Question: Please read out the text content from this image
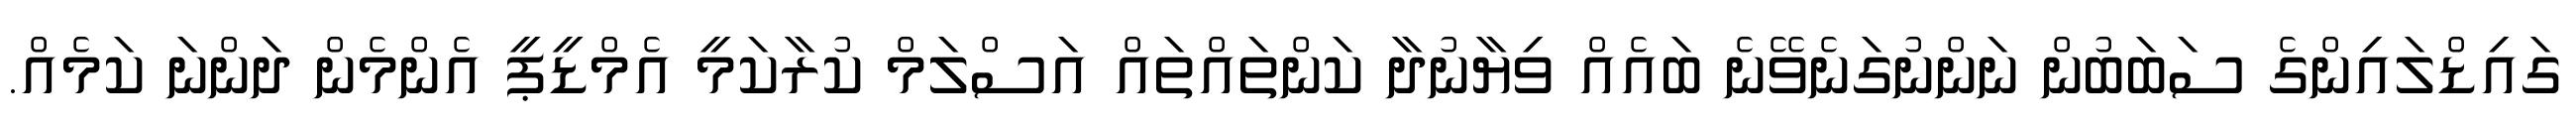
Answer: ގައިޑްލައިންގެ ސަބަބުން ނަންނުގަނެވޭނެ ބައެއް ވިޔާނުދާ ކަންތައްތައް އަސްލަމް ކުރާކަމީ އެމްޑީޕީ އެންމެން ދަންނަ ކަމެއް.